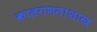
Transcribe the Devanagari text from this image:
कालगणनाशास्त्र